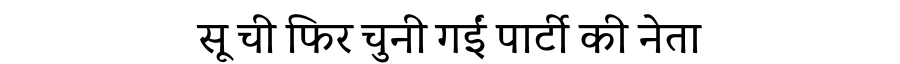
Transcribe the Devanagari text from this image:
सू ची फिर चुनी गईं पार्टी की नेता